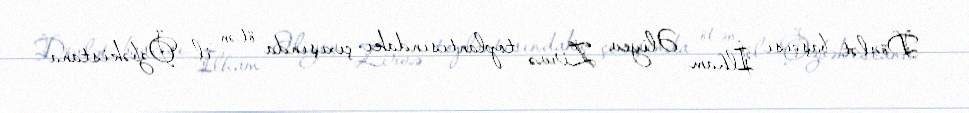
Dövlət başçısı İlham Əliyev Zirvə toplantısındakı çıxışında ötən il Özbəkistana